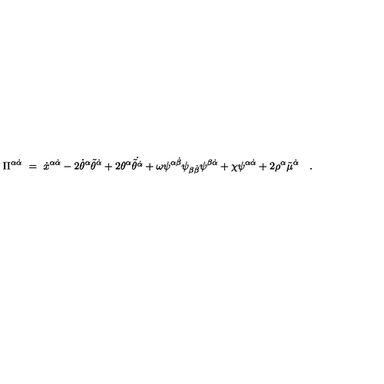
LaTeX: \Pi ^ { \alpha \dot { \alpha } } \ = \ \dot { x } ^ { \alpha \dot { \alpha } } - 2 \dot { \theta } ^ { \alpha } \tilde { \theta } ^ { \dot { \alpha } } + 2 \theta ^ { \alpha } \dot { { \tilde { \theta } } ^ { \dot { \alpha } } } + \omega \psi ^ { \alpha \dot { \beta } } \psi _ { \beta \dot { \beta } } \psi ^ { \beta \dot { \alpha } } + \chi \psi ^ { \alpha \dot { \alpha } } + 2 \rho ^ { \alpha } \tilde { \mu } ^ { \dot { \alpha } } \quad .